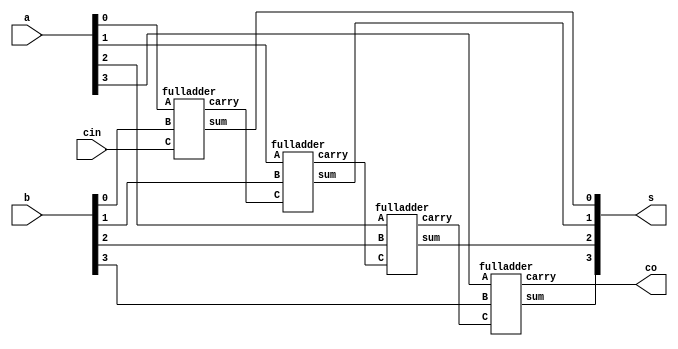
//20L118 HARIHARAN R R

module BINARY4BITADDER(input [3:0] a,b,
    input cin,
    output co,
    output [3:0] s
    );
wire c1,c2,c3;
fulladder fa0(a[0],b[0],cin,s[0],c1);
fulladder fa1(a[1],b[1],c1,s[1],c2);
fulladder fa2(a[2],b[2],c2,s[2],c3);
fulladder fa3(a[3],b[3],c3,s[3],co);
endmodule

module fulladder(input A,B,C,output sum,carry );
wire d0,b0,b1;
halfadder g1(A,B,d0,b0);
halfadder g2(d0,C,carry,b1);
or g3(sum,b1,b0);
endmodule

module halfadder(a,b,s,c);
input a,b;
output s,c;
//assign{c,s} =a+b;
assign s=a^b;
assign c=a&b;
endmodule